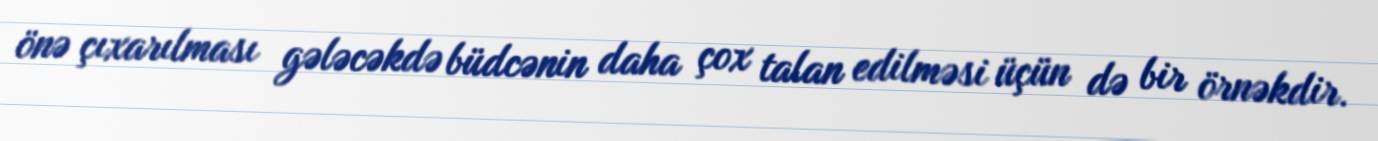
önə çıxarılması gələcəkdə büdcənin daha çox talan edilməsi üçün də bir örnəkdir.